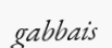
gabbais